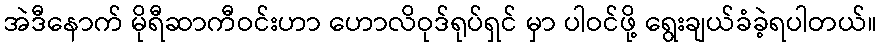
အဲဒီနောက် မိုရီဆာကီဝင်းဟာ ဟောလိဝုဒ်ရုပ်ရှင် မှာ ပါဝင်ဖို့ ရွေးချယ်ခံခဲ့ရပါတယ်။